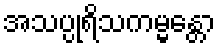
အသပ္ပုရိသကမ္မန္တော